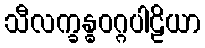
သီလက္ခန္ဓဝဂ္ဂပါဠိယာ